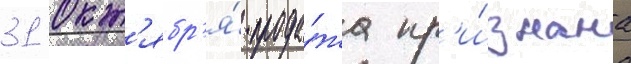
31 окт'ябр'я́ прода́жа пр'и́знана